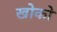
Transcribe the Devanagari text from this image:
खोको